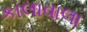
કાલાવાલા